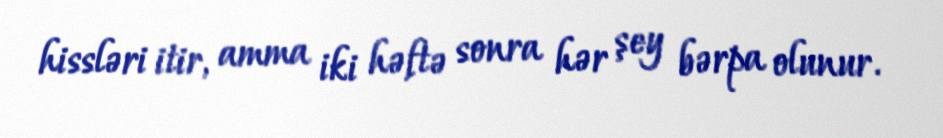
hissləri itir, amma iki həftə sonra hər şey bərpa olunur.